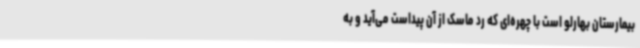
بیمارستان بهارلو است با چهره‌ای که رد ماسک از آن پیداست می‌آید و به